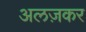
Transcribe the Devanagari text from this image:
अलज़कर